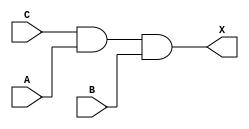
module sky130_fd_sc_hdll__and3_7 (
    X,
    A,
    B,
    C
);
    output X;
    input  A;
    input  B;
    input  C;
    wire and0_out_X;
    and and0 (and0_out_X, C, A, B        );
    buf buf0 (X         , and0_out_X     );
endmodule